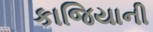
કાજિયાની